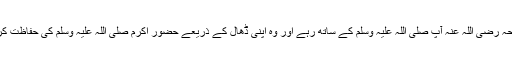
صرف ابو طلحہ رضی اللہ عنہ آپ صلی اللہ علیہ وسلم کے ساتھ رہے اور وہ اپنی ڈھال کے ذریعے حضور اکرم صلی اللہ علیہ وسلم کی حفاظت کر رہے تھے ۔